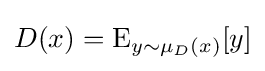
D(x)=\operatorname {E} _{y\sim \mu _{D}(x)}[y]